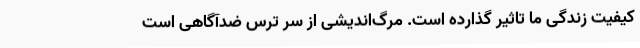
کیفیت زندگی ما تاثیر گذارده است. مرگ‌اندیشی از سر ترس ضدآگاهی است